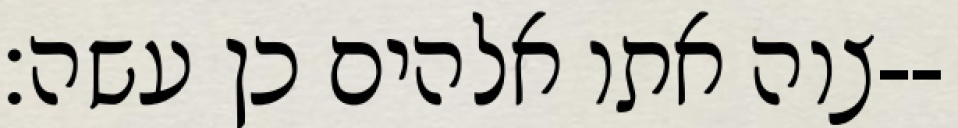
צוה אתו אלהים כן עשה׃--